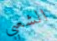
الشعبي